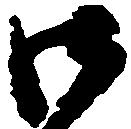
御